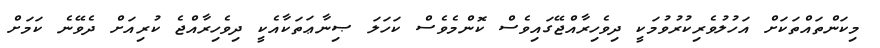
މިކަންތައްތަކަށް އަހުލުވެރިކުރުވުމަކީ ދިވެހިރާއްޖޭގައިވެސް ކޮންމެވެސް ކަހަލަ ޞިނާޢަތަކާއެކީ ދިވެހިރާއްޖެ ކުރިއަށް ދެވޭނެ ކަމަށް